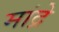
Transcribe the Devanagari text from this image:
मांद्रे